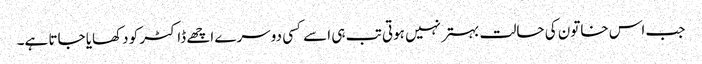
جب اس خاتون کی حالت بہتر نہیں ہوتی تب ہی اسے کسی دوسرے اچھے ڈاکٹر کو دکھایا جاتا ہے۔